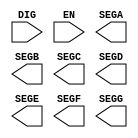
module Vr7seg (DIG, EN, SEGA, SEGB, SEGC, SEGD, SEGE, SEGF, SEGG);
  input [3:0] DIG;
  input EN;
  output reg SEGA, SEGB, SEGC, SEGD, SEGE, SEGF, SEGG;
  reg [1:7] SEGS;

  /* Your code below */ 
endmodule